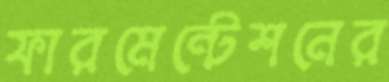
ফারমেন্টেশনের